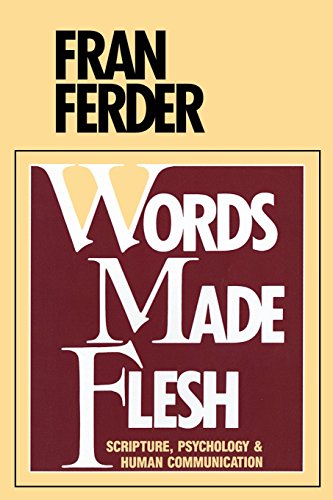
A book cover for Words Made Flesh: Scripture, Psychology and Human Communication; Fran Ferder; Religion & Spirituality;